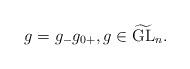
LaTeX: \begin{align*}g=g_{-}g_{0+},g\in \widetilde{\rm GL}_n.\end{align*}